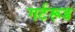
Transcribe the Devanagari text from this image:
गर्टरूड